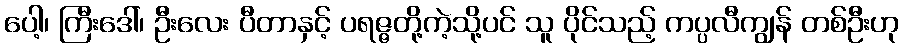
ပေါ့၊ ကြီးဒေါ်၊ ဦးလေး ပီတာနှင့် ပရဇ္ဇတို့ကဲ့သို့ပင် သူ ပိုင်သည့် ကပ္ပလီကျွန် တစ်ဦးဟု